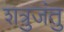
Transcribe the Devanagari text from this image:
शत्रुजंतु